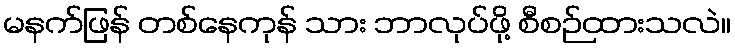
မနက်ဖြန် တစ်နေကုန် သား ဘာလုပ်ဖို့ စီစဉ်ထားသလဲ။